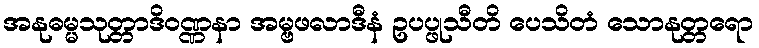
အနုဓမ္မသုတ္တာဒိဝဏ္ဏနာ အမ္ဗဖလာဒီနံ ဥပပ္ဖုသီတိ ပေသိတံ သောနုတ္တရော